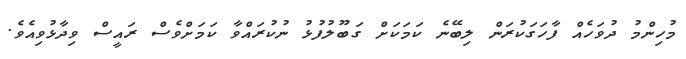
މުހިންމު ދުވަހެއް ފާހަގަކުރަން ލިބޭނެ ކަމަކަށް ގަބޫލުފުޅު ނުކުރައްވާ ކަމަށްވެސް ރައީސް ވިދާޅުވިއެވެ.